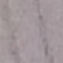
سيوافق